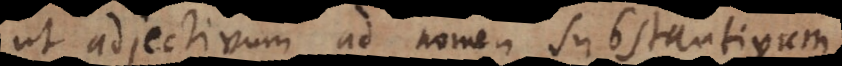
ut adjectivum ad nomen substantivum.